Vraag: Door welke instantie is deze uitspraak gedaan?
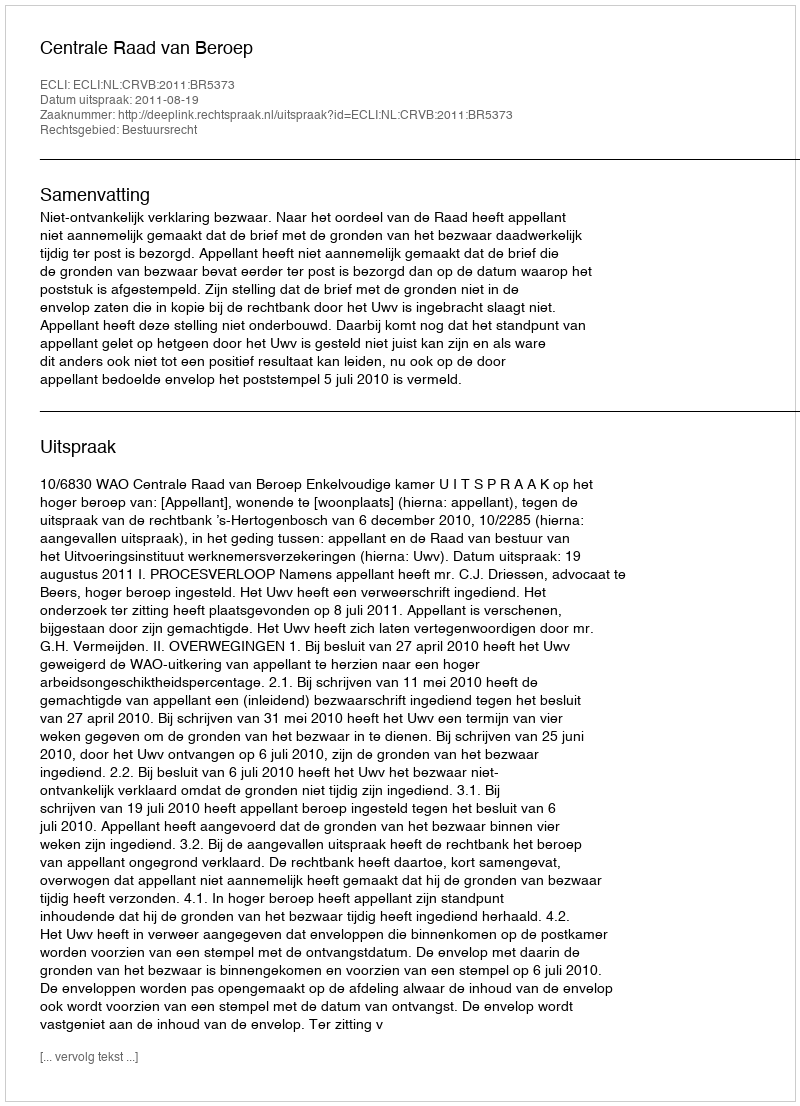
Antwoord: Centrale Raad van Beroep